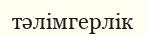
тәлімгерлік